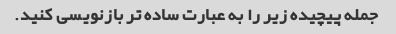
جمله پیچیده زیر را به عبارت ساده تر بازنویسی کنید.